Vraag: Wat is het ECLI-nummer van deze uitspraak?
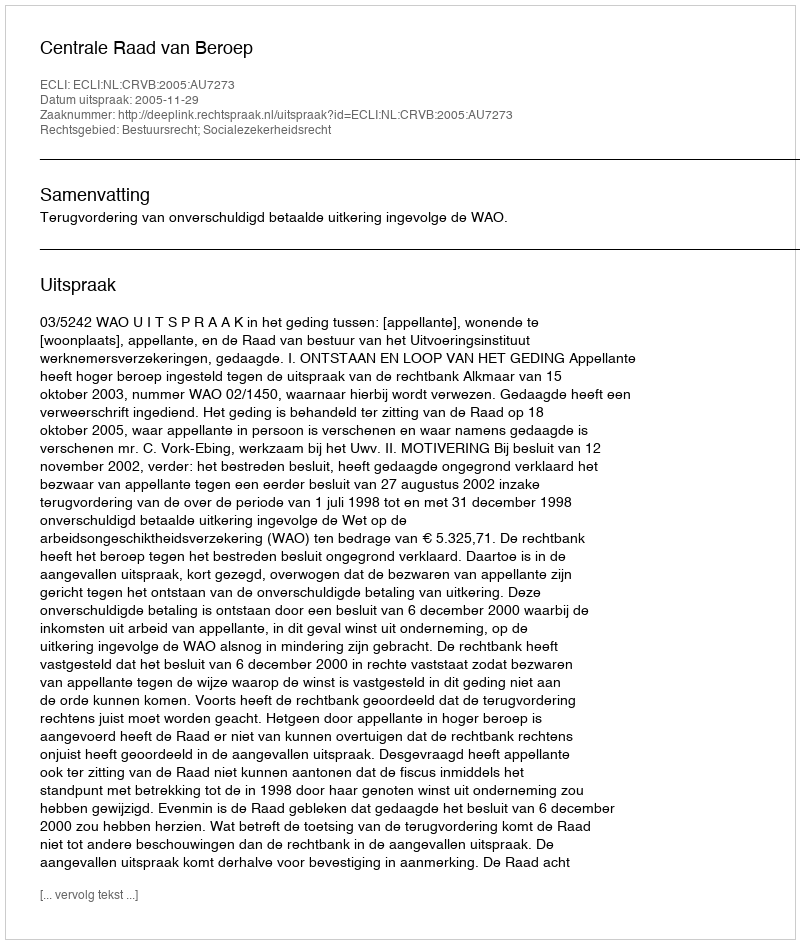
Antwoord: ECLI:NL:CRVB:2005:AU7273